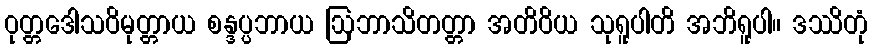
ဝုတ္တဒေါသဝိမုတ္တာယ စန္ဒပ္ပဘာယ ဩဘာသိတတ္တာ အတိဝိယ သုရူပါတိ အဘိရူပါ။ ဒဿိတုံ